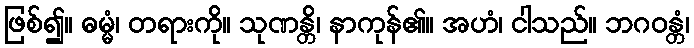
ဖြစ်၍။ ဓမ္မံ၊ တရားကို။ သုဏန္တိ၊ နာကုန်၏။ အဟံ၊ ငါသည်။ ဘဂဝန္တံ၊